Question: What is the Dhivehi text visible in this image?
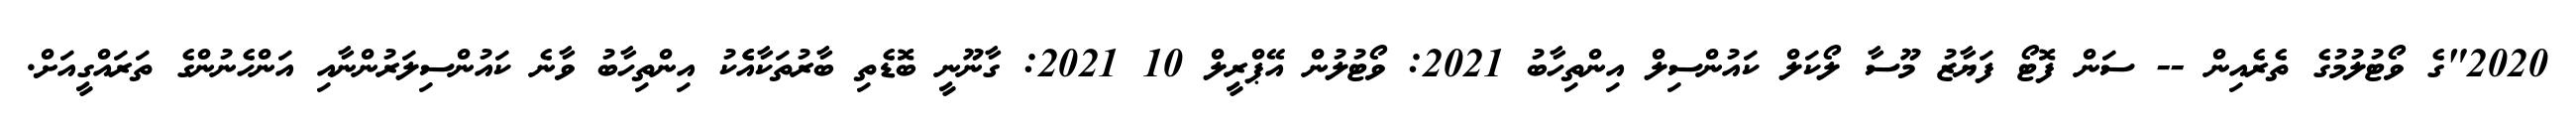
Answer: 2020"ގެ ވޯޓުލުމުގެ ތެރެއިން -- ސަން ފޮޓޯ ފަޔާޒު މޫސާ ލޯކަލް ކައުންސިލް އިންތިހާބު 2021: ވޯޓުލުން އޭޕްރީލް 10 2021: ގާނޫނީ ބޮޑެތި ބާރުތަކާއެެކު އިންތިހާބު ވާނެ ކައުންސިލަރުންނާއި އަންހެނުންގެ ތަރައްގީއަށް.